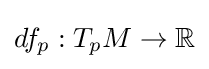
df_{p}:T_{p}M\to \mathbb {R}